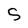
Character: S